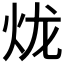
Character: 𤇭